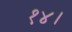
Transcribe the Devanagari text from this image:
१४।